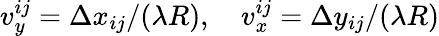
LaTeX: v_{y}^{ij}={\Delta x_{ij}}/({\lambda R}),\quad v_{x}^{ij}={\Delta y_{ij}}/({\lambda R})